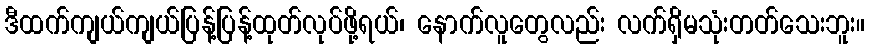
ဒီထက်ကျယ်ကျယ်ပြန့်ပြန့်ထုတ်လုပ်ဖို့ရယ်၊ နောက်လူတွေလည်း လက်ရှိမသုံးတတ်သေးဘူး။